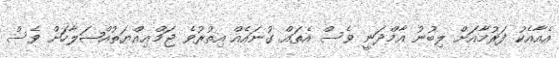
އެއާއެކު ފަރުމާއަށް ލިބުނު އާމްދަނީ ވެސް އެތައް ގުނައެއް އިތުރުވެ ޖަމްޢިއްޔަތުއްޞަލާހަށް ވެސް